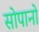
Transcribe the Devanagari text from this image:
सोपानो